Vaccination United Provinces of Agra and Oudh 1914-1922 - 1914-1922
Year: 1914
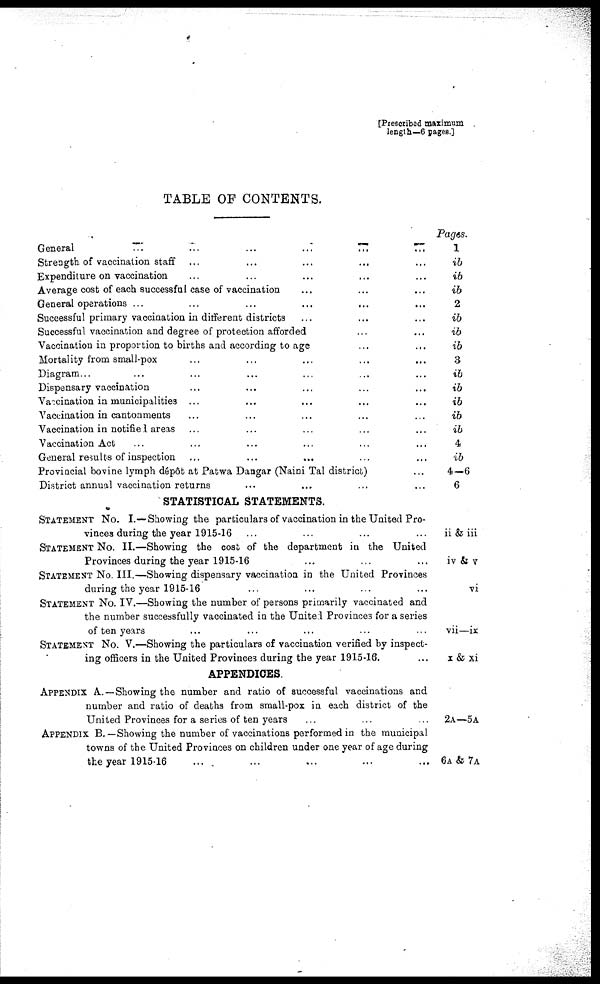
[Prescribed maximum
length—6 pages.]
TABLE OF CONTENTS.
General
...
...
...
...
...
...
Strength of vaccination staff ... ... ... ... ...
Expenditure on vaccination ... ... ... ... ...
Average cost of each successful case of vaccination ... ... ... ... ...
General operations ... ... ... ... ...
Successful primary vaccination in different districts ... ... ... ... ...
Successful vaccination and degree of protection afforded ... ... ... ... ...
Vaccination in proportion to births and according to age ... ... ... ... ...
Mortality from small-pox ... ... ... ... ...
Diagram ... ... ... ... ...
Dispensary vaccination ... ... ... ... ...
Vaccination in municipalities ... ... ... ... ...
Vaccination in cantonments ... ... ... ... ...
Vaccination in notified areas ... ... ... ... ...
Vaccination Act ... ... ... ... ...
General results of inspection ... ... ... ... ...
Provincial bovine lymph dépôt at Patwa Dangar (Naini Tal district) ... ...
District annual vaccination returns ... ... ... ... ...
STATISTICAL STATEMENTS.
STATEMENT No. I.—Showing the particulars of vaccination in the United Pro-
vinces during the year 1915-16 ... ... ... ... ...
STATEMENT No. II.—Showing the cost of the department in the United
Provinces during the year 1915-16
... ... ... ... ...
STATEMENT No. III.—Showing dispensary vaccination in the United Provinces
during the year 1915-16 ... ... ... ... ... ...
STATEMENT No. IV.—Showing the number of persons primarily vaccinated and
the number successfully vaccinated in the United Provinces for a series
of ten years ... ... ... ... ...
STATEMENT No. V.—Showing the particulars of vaccination verified by inspect-
ing officers in the United Provinces during the year 1915-16. ... ... ... ... ...
APPENDICES.
APPENDIX A.—Showing the number and ratio of successful vaccinations and
number and ratio of deaths from small-pox in each district of the
United Provinces for a series of ten years ... ... ... ... ... ...
APPENDIX B. —Showing the number of vaccinations performed in the municipal
towns of the United Provinces on children under one year of age during
the year 1915-16 ... ... ... ... ...
Pages.
1
ib
ib
ib
2
ib
ib
ib
3
ib
ib
ib
ib
ib
4
ib
4—6
6
ii & iii
iv & v
vi
vii—ix
x & xi
2A—5A
6A & 7A